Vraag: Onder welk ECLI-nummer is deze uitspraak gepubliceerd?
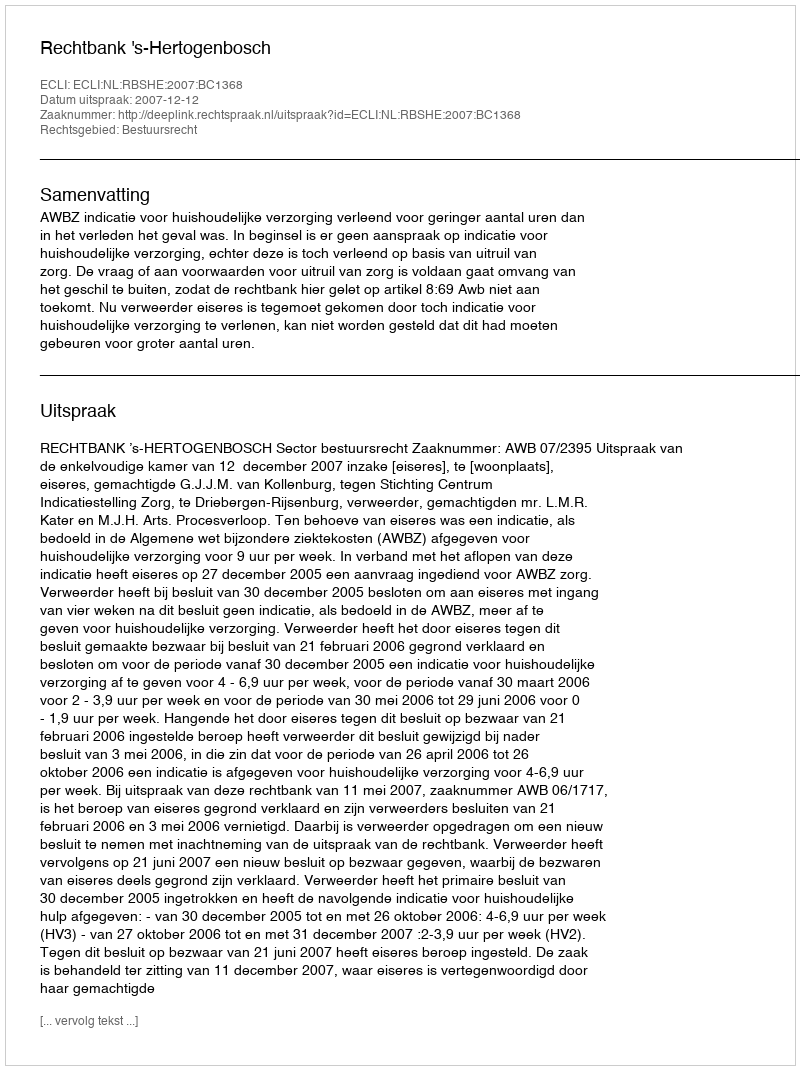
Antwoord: ECLI:NL:RBSHE:2007:BC1368